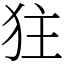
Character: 㹥